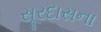
સૂરદાસના